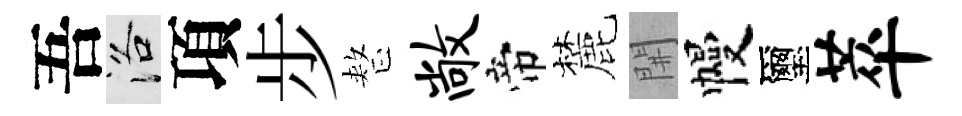
吾洛項步整敞帝麓𨳩幔璽萃